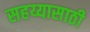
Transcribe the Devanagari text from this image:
सहय्यासाठी